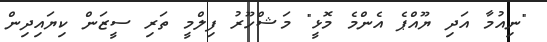
"ނިއުމާ އަދި ޔޫއްޕެ އެންމެ މޮޅީ" މަޝްހޫރު ފިލްމީ ތަރި ސީޒަން ކިޔައިދިން